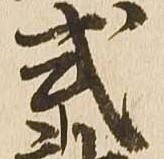
式